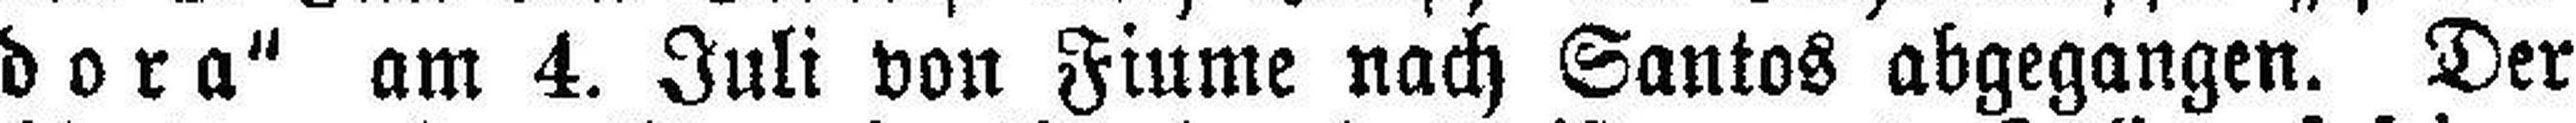
dora“ am 4. Juli von Fiume nach Santos abgegangen. Der